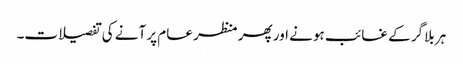
ہر بلاگر کے غائب ہونے اور پھر منظر عام پر آنے کی تفصیلات۔